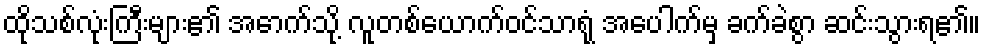
ထိုသစ်လုံးကြီးများ၏ အောက်သို့ လူတစ်ယောက်ဝင်သာရုံ အပေါက်မှ ခက်ခဲစွာ ဆင်းသွားရ၏။